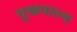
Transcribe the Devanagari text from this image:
मुखयाल्य